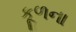
કૂળના